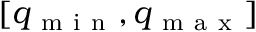
[ q _ { \mathrm { ~ m ~ i ~ n ~ } } , q _ { \mathrm { ~ m ~ a ~ x ~ } } ]